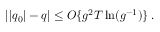
| | q _ { 0 } | - q | \leq O \{ g ^ { 2 } T \ln ( g ^ { - 1 } ) \} \, .